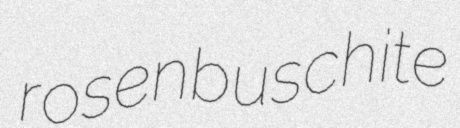
rosenbuschite